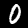
Label: 0